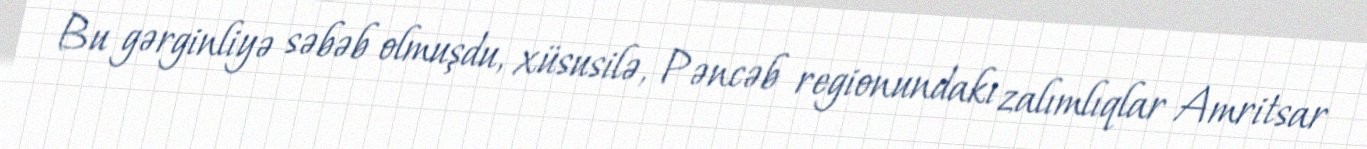
Bu gərginliyə səbəb olmuşdu, xüsusilə, Pəncəb regionundakı zalımlıqlar Amritsar